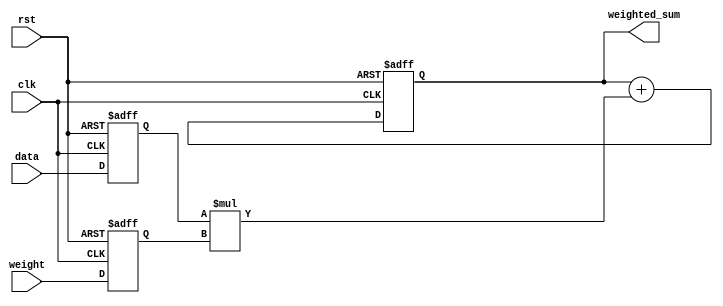
module weighted_moving_average_accumulator (
  input clk,
  input rst,
  input [7:0] data,
  input [3:0] weight,
  output reg [15:0] weighted_sum
);

reg [7:0] prev_data;
reg [3:0] prev_weight;

always @(posedge clk or posedge rst) begin
  if (rst) begin
    prev_data <= 0;
    prev_weight <= 0;
    weighted_sum <= 0;
  end else begin
    prev_data <= data;
    prev_weight <= weight;
    weighted_sum <= weighted_sum + (prev_data * prev_weight);
  end
end

endmodule